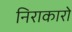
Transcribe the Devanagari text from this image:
निराकारो